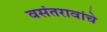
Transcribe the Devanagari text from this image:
वसंतरावांचे